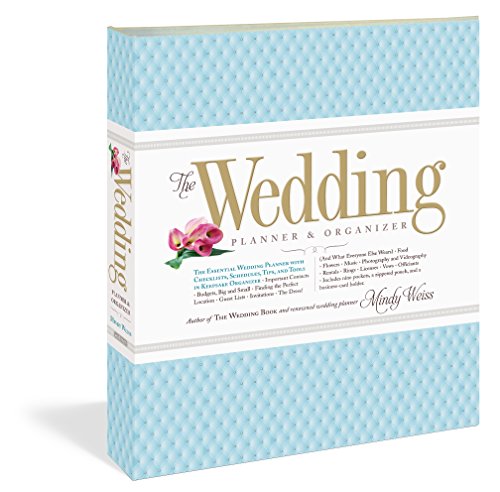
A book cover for The Wedding Planner & Organizer; Mindy Weiss; Crafts, Hobbies & Home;